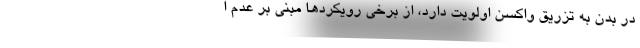
در بدن به تزریق واکسن اولویت دارد، از برخی رویکردها مبنی بر عدم ا